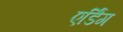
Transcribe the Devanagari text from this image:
एर्डिंग